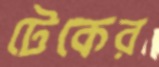
টেকের